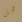
هل